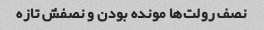
نصف رولت‌ها مونده بودن و نصفش تازه